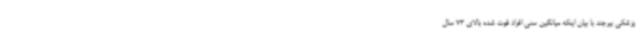
پزشکی بیرجند با بیان اینکه میانگین سنی افراد فوت شده بالای 73 سال